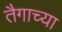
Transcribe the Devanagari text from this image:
तैगाच्या